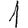
Digit: 1